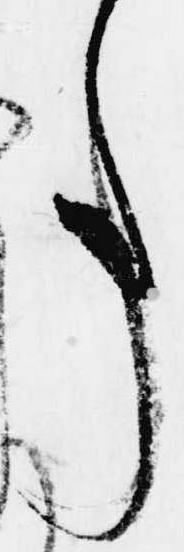
事